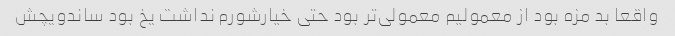
واقعا بد مزه بود از معمولیم معمولی‌تر بود حتی خیارشورم نداشت یخ بود ساندویچش